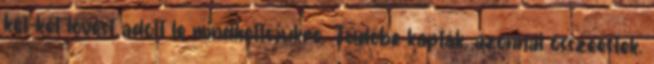
két-két lövést adott le mindkettőjükre. Tüdőbe kapták, azonnal összeestek.